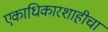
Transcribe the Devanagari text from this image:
एकाधिकारशाहीचा